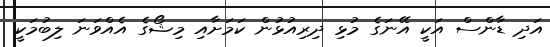
އަދި ޑާންސް އަކީ އޭނަގެ މުޅި ދިރިއުޅުން ކަމަށާއި މިޝޯގެ އެއްވަނަ ލިބުމަކީ